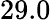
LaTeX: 29.0